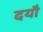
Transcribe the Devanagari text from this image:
दयौ